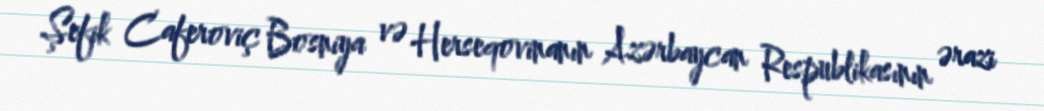
Şefik Caferoviç Bosniya və Herseqovinanın Azərbaycan Respublikasının ərazi